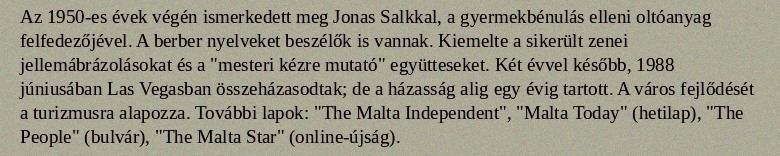
Az 1950-es évek végén ismerkedett meg Jonas Salkkal, a gyermekbénulás elleni oltóanyag felfedezőjével. A berber nyelveket beszélők is vannak. Kiemelte a sikerült zenei jellemábrázolásokat és a "mesteri kézre mutató" együtteseket. Két évvel később, 1988 júniusában Las Vegasban összeházasodtak; de a házasság alig egy évig tartott. A város fejlődését a turizmusra alapozza. További lapok: "The Malta Independent", "Malta Today" (hetilap), "The People" (bulvár), "The Malta Star" (online-újság).